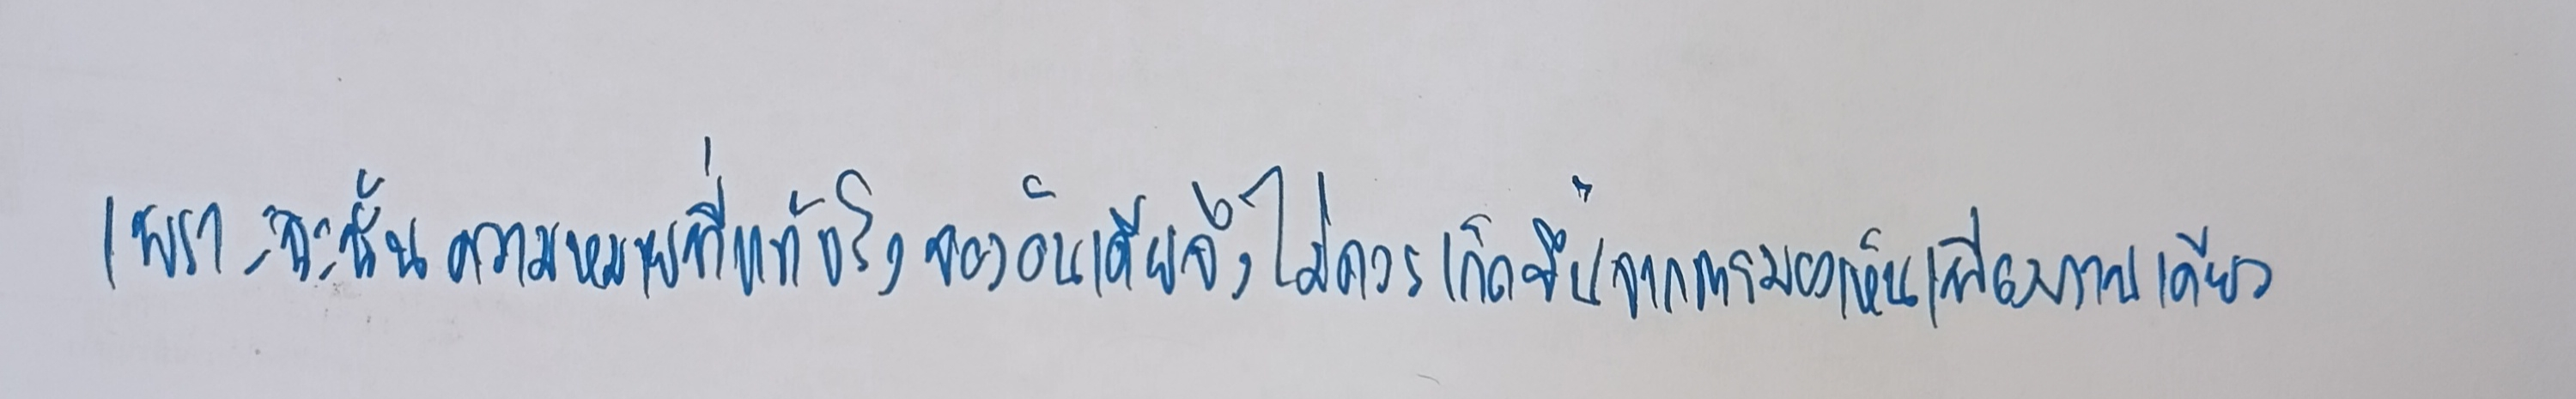
เพราะฉะนั้นความหมายที่แท้จริงของอินเดียจึงไม่ควรเกิดขึ้นจากการมองเห็นภาพเพียงภาพเดียว